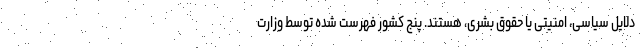
دلایل سیاسی، امنیتی یا حقوق بشری، هستند. پنج کشور فهرست شده توسط وزارت